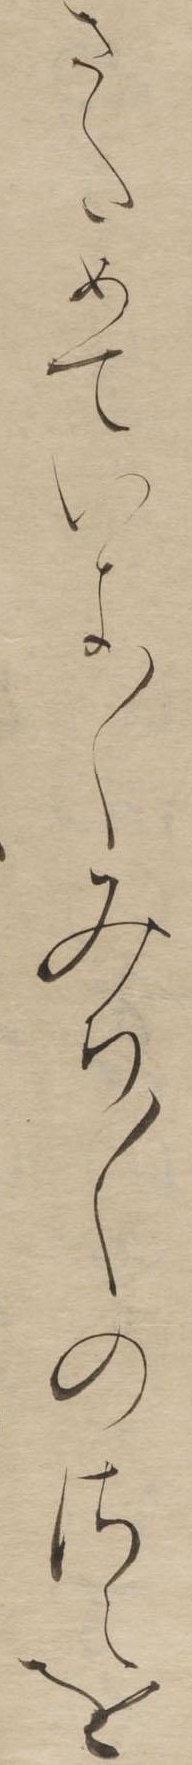
さためていよ〱みち〱のさえを